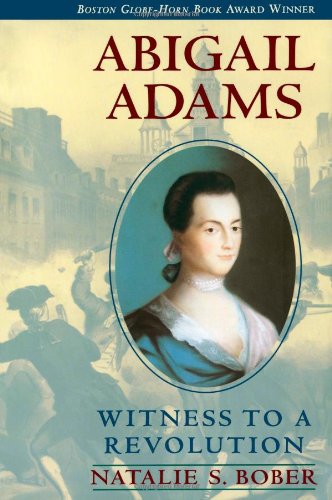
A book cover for Abigail Adams: Witness to a Revolution; Natalie S. Bober; Teen & Young Adult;